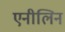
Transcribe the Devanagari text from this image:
एनीलिन